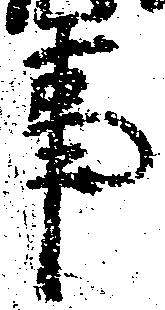
事